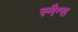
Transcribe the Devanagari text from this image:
स्नैग्स